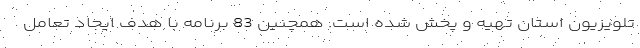
تلویزیون استان تهیه و پخش شده است. همچنین 83 برنامه با هدف ایجاد تعامل